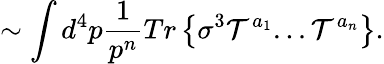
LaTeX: \sim\int d^{4}p\frac{1}{p^{n}}Tr\left\{ \sigma^{3}{\cal T}^{a_{1}}...{\cal T}^{a_{n}}\right\} .